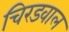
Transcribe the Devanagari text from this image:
चिरडवाल